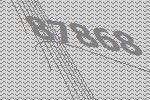
87868